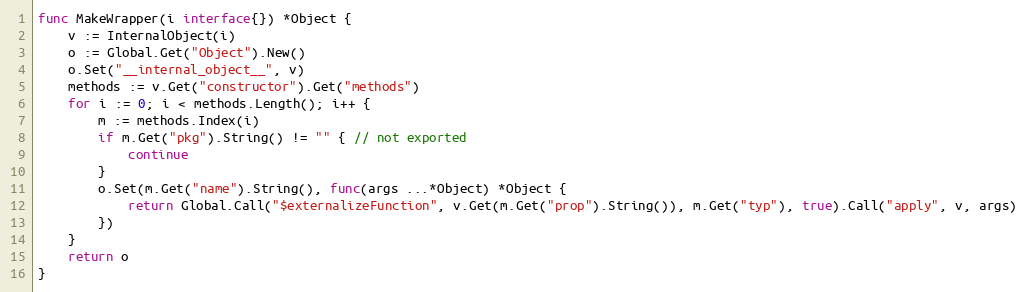
Language: Go
func MakeWrapper(i interface{}) *Object {
	v := InternalObject(i)
	o := Global.Get("Object").New()
	o.Set("__internal_object__", v)
	methods := v.Get("constructor").Get("methods")
	for i := 0; i < methods.Length(); i++ {
		m := methods.Index(i)
		if m.Get("pkg").String() != "" { // not exported
			continue
		}
		o.Set(m.Get("name").String(), func(args ...*Object) *Object {
			return Global.Call("$externalizeFunction", v.Get(m.Get("prop").String()), m.Get("typ"), true).Call("apply", v, args)
		})
	}
	return o
}